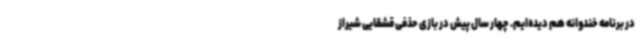
در برنامه خندوانه هم دیده‌ایم. چهار سال پیش در بازی حذفی قشقایی‌ شیراز